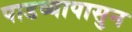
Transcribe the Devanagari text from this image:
पाडव्यापासुन